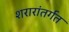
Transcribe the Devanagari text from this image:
शरारांतर्गत